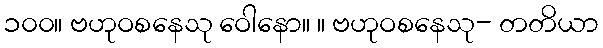
၁၀၀။ ဗဟုဝစနေသု ဝေါနော။ ။ ဗဟုဝစနေသု- တတိယာ